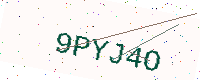
Text: 9PYJ4O